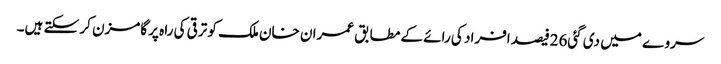
سروے میں دی گئی26فیصد افراد کی رائے کے مطابق عمران خان ملک کو ترقی کی راہ پر گامزن کر سکتے ہیں۔